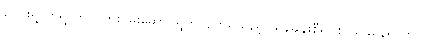
ကျေးရွာတရွာတွင် ကြိုးပမ်းဆောင်ရွက်လျက်ရှိသည့် ယုန်ချန်းစီရင်စု ယခုနေရာတွင်